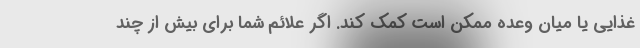
غذایی یا میان وعده ممکن است کمک کند. اگر علائم شما برای بیش از چند